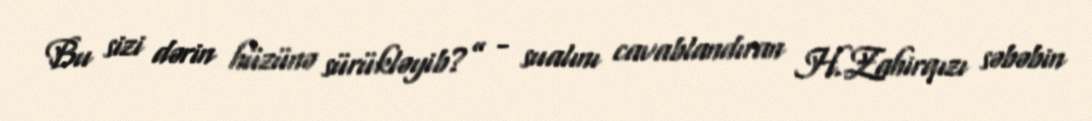
Bu sizi dərin hüzünə sürükləyib?” - sualını cavablandıran H.Zahirqızı səbəbin